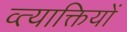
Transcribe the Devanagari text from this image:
व्त्याक्तियों